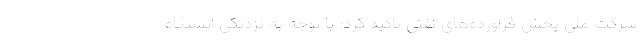
شرکت ملی پخش فرآورده‌های نفتی تاکید کرد: با توجه به نزدیکی ایستگاه